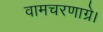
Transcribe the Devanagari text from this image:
वामचरणाग्रे।